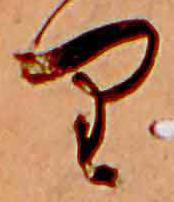
り